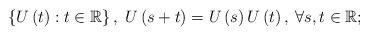
LaTeX: \begin{align*}\left\{ U\left(t\right):t\in\mathbb{R}\right\} ,\; U\left(s+t\right)=U\left(s\right)U\left(t\right),\:\forall s,t\in\mathbb{R};\end{align*}